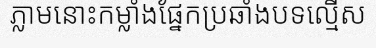
ភ្លាមនោះកម្លាំងផ្នែកប្រឆាំងបទល្មើស